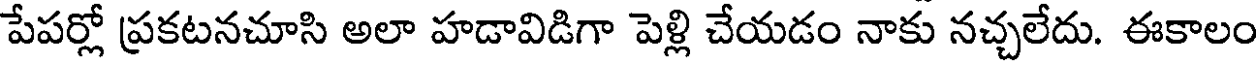
పేపర్లో ప్రకటనచూసి అలా హడావిడిగా పెళ్లి చేయడం నాకు నచ్చలేదు. ఈకాలం